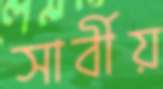
সার্বীয়